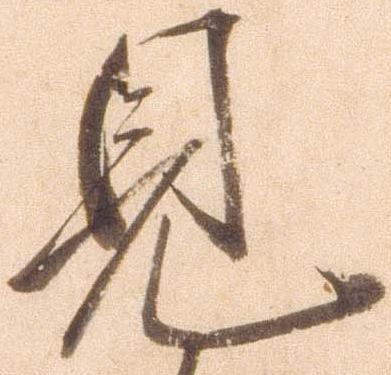
見